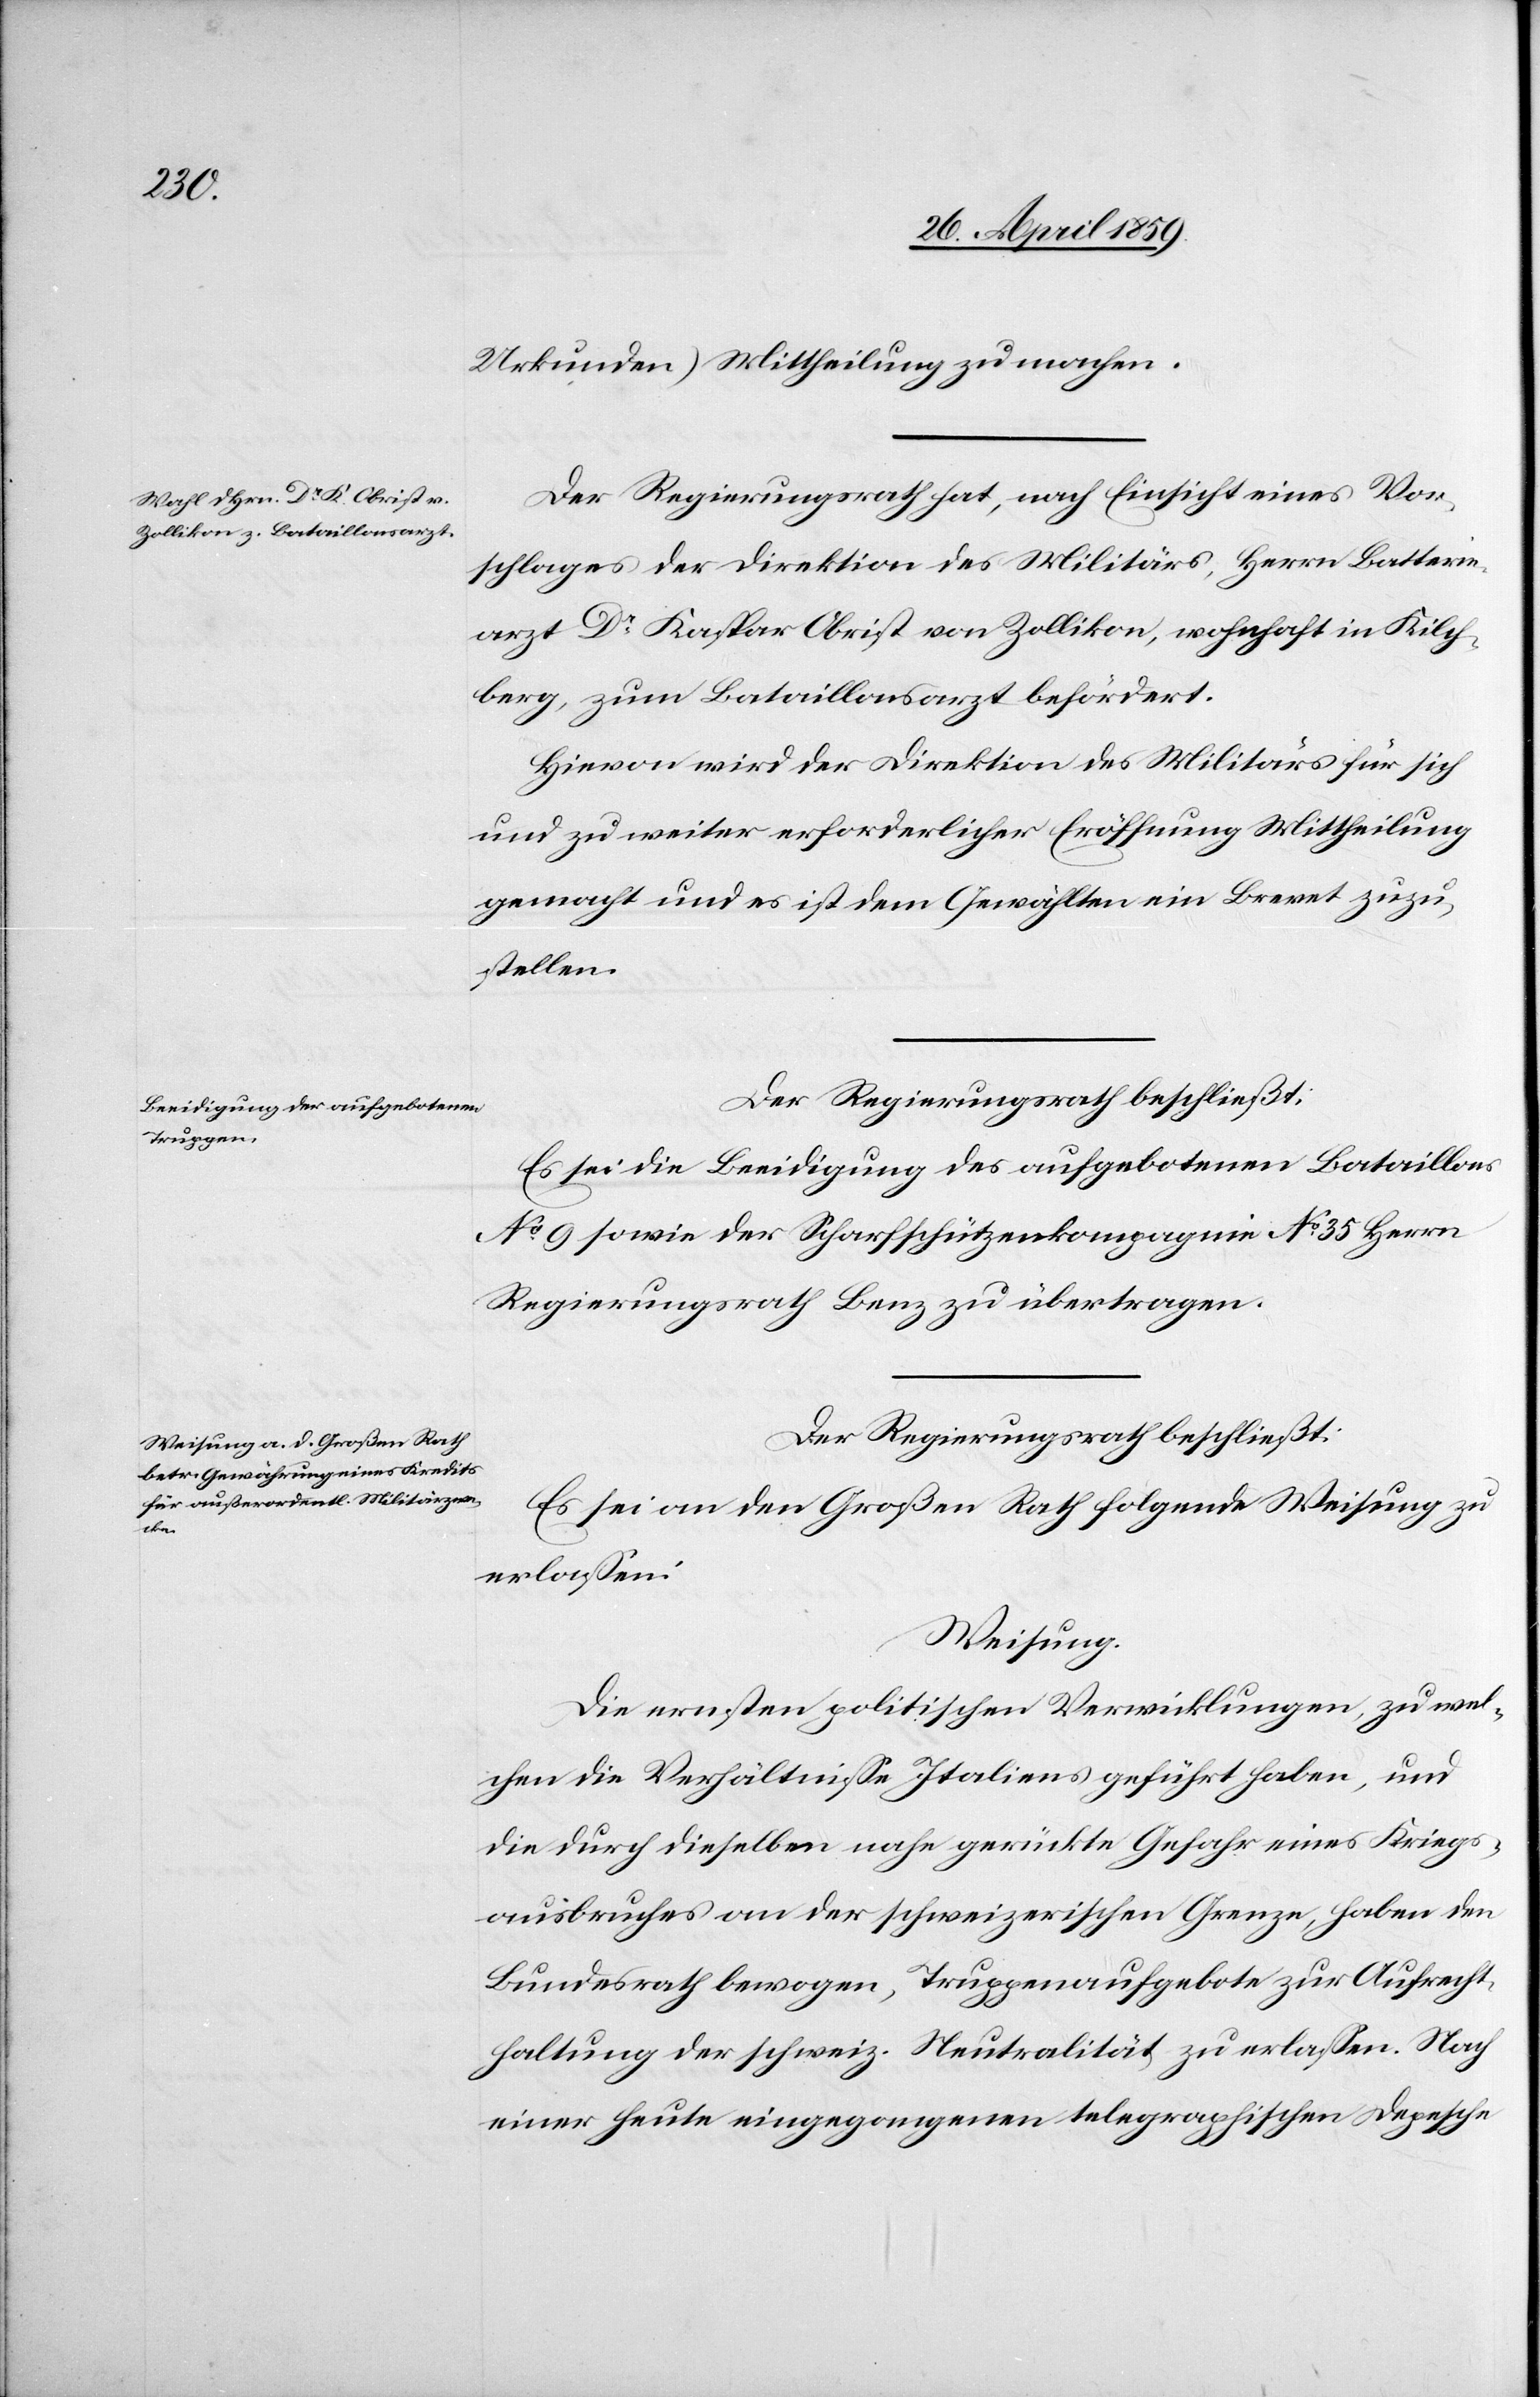
Urkunden) Mittheilung zu machen.
Der Regierungsrath hat, nach Einsicht eines Vor¬
schlages der Direktion des Militärs, Herrn Batterie¬
arzt Dr. Kaspar Obrist von Zollikon, wohnhaft in Kilch¬
berg, zum Bataillonsarzt befördert.
Hievon wird der Direktion des Militärs für sich
und zu weiter erforderlicher Eröffnung Mittheilung
gemacht und es ist dem Gewählten ein Brevet zuzu¬
stellen.
Der Regierungsrath beschließt:
Es sei die Beeidigung des aufgebotenen Bataillons
No 9 sowie der Scharfschützenkompagnie No 35 Herrn
Regierungsrath Benz zu übertragen.
Der Regierungsrath beschließt:
Es sei an den Großen Rath folgende Weisung zu
erlaßen:
Weisung.
Die ernsten politischen Verwicklungen, zu wel¬
chen die Verhältniße Italiens geführt haben, und
die durch dieselben nahe gerückte Gefahr eines Kriegs¬
ausbruches an der schweizerischen Grenze, haben den
Bundesrath bewogen, Truppenaufgebote zur Aufrecht¬
haltung der schweiz. Neutralität zu erlaßen. Nach
einer heute eingegangenen telegraphischen Depesche